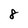
Character: 8